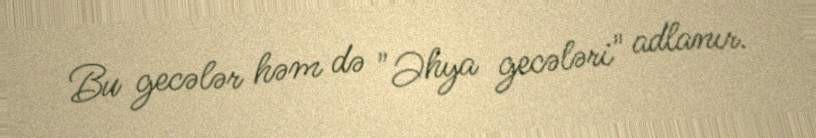
Bu gecələr həm də "Əhya gecələri" adlanır.